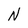
Character: N